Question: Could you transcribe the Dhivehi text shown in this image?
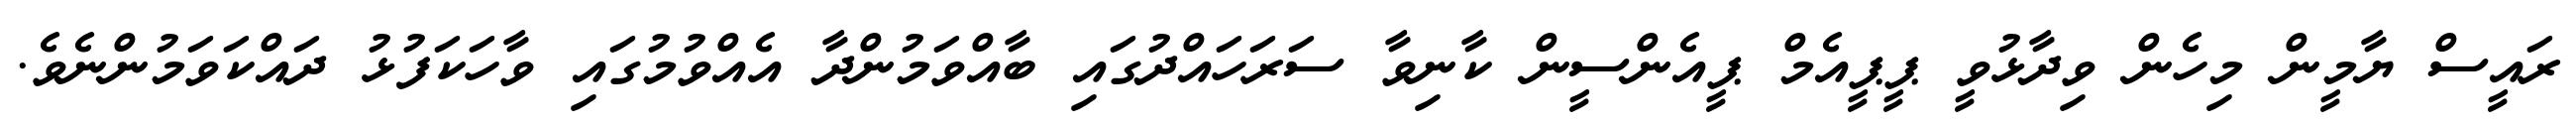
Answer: ރައީސް ޔާމީން މިހެން ވިދާޅުވީ ޕީޕީއެމް ޕީއެންސީން ކާނިވާ ސަރަހައްދުގައި ބާއްވަމުންދާ އެއްވުމުގައި ވާހަކަފުޅު ދައްކަވަމުންނެވެ.